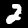
Label: 2